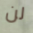
لن